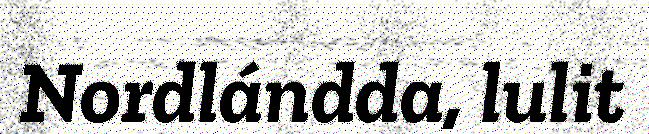
Nordlándda, lulit